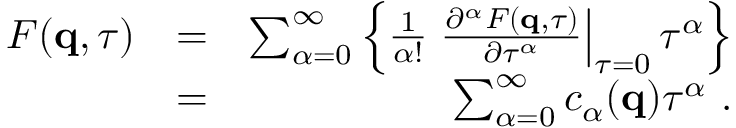
\begin{array} { r l r } { F ( \mathbf { q } , \tau ) } & { = } & { \sum _ { \alpha = 0 } ^ { \infty } \left\{ \frac { 1 } { \alpha ! } \left. \frac { \partial ^ { \alpha } F ( \mathbf { q } , \tau ) } { \partial \tau ^ { \alpha } } \right| _ { \tau = 0 } \tau ^ { \alpha } \right\} } \\ & { = } & { \sum _ { \alpha = 0 } ^ { \infty } c _ { \alpha } ( \mathbf { q } ) \tau ^ { \alpha } \ . } \end{array}